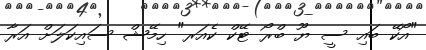
"އޯކޭ ބައި ސީ ޔޫ ބްރޯ ޓޭކް ކެއަރ" ހިމޭޝް ސައިކަލަށް އަރާ